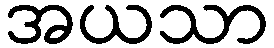
အယသာ